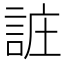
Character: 𲁩